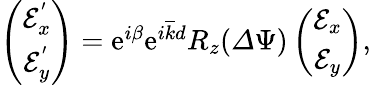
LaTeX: \begin{array}{r}{\left(\begin{array}{c}{\mathcal{E}_{x}^{'}}\\ {\mathcal{E}_{y}^{'}}\end{array}\right)=\mathrm{e}^{i\beta}\mathrm{e}^{i\overline{{k}}d}R_{z}({\mathit\Delta\Psi})\left(\begin{array}{c}{\mathcal{E}_{x}}\\ {\mathcal{E}_{y}}\end{array}\right),}\end{array}